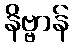
နိဗ္ဗာန်